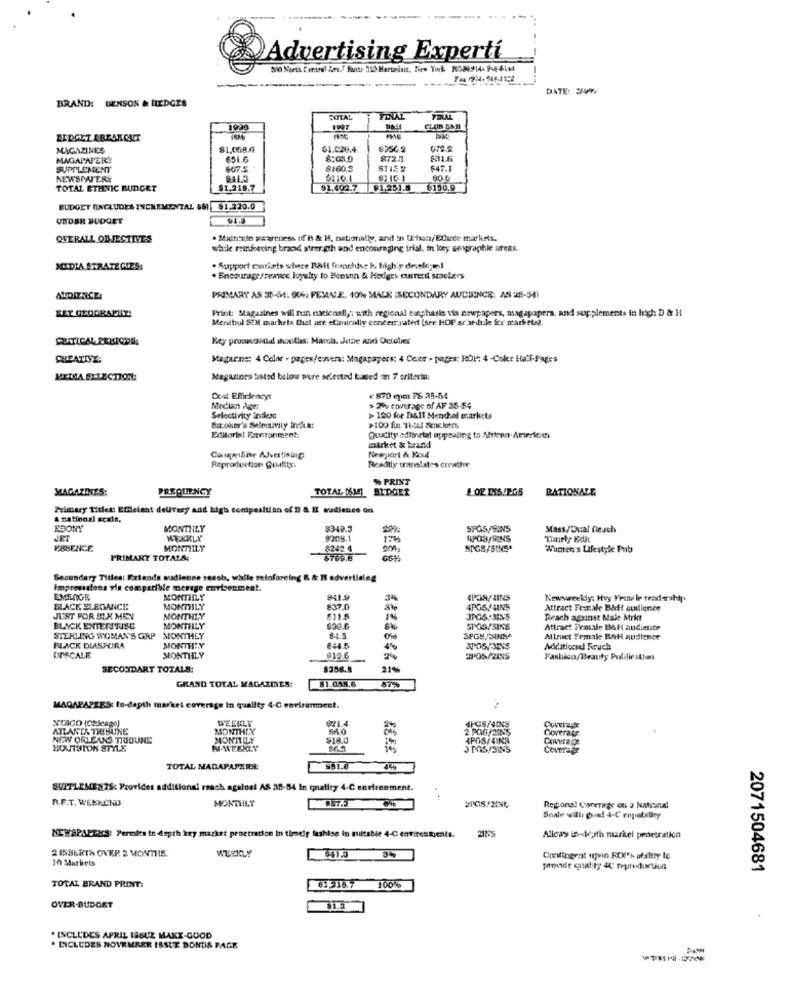
Advertising Experti
DATE: 2499
BRAND:
BENSON & HEDGES
EXITAL
1928
CLUB DAR
IRM
MAGAZINES
$1.028.4
$356.2
MAGAPAPERS
$51.6
8:05.0
872.3
$31.6
SUPPLEMENT
$07.5
8160.3
647.1
NEWSPAPERE
80.0
TOTAL ETHNIC BUDGET
$1,218.7
$1.402.7
$1.251.8
$150.9
BUDGET (INCLUDES INCREMENTAL 5$) $1.220.0
UNDER BUDGET
OVERALL OBJECTIVES
. Manicalo awareness of B & H, nationally, and in U-han/ Ellerer markets.
while reinforcing brand strength and encouraging trial, in loty sexgraphle oreas.
MIDIA STRATE GIES
. Support markets where Ball franchise & High'p developed
. Encourage /reance loyalty to Benson & Hedges current srackers
PRIMARY AS 38-54:004; FEMALE, 100% MALE SECONDARY AUDIENCE: AS 25-341
Print: Stagarines will run nacienally: with regional emphasis via newpapers, magapapers, and supplements in high: D & H
Menthol SEM markets that are elmically conter vated (see HOP sr'ath Je for narkets).
QUTICAL PERIODS
Key promwstsnudd shosillas: March. Jetae and October
CREATIVE:
Magarna: 4 Calor - pages/covers: Magapapers: 4 Ceir - pages: RDV: 4 -Color Hal-Pages
MEDIA SELECTION
Magazines listed below were selected based on 7 oriteria:
Cost Efficiency:
Median Age:
> 27% coverage of AF 35-54
Selectivity indexe
> 180 for Dall Mendel ccarkets
Siroker's Setrouvity India!
>100 fin RIJN! Stickers
Editorisi Fervironment:
Quality odlinriel appealing to Afriend.Americath
market & brand
Newpiart & Kouk
Reproduction Guaitts.
Readily translates creathe
% PRINT
MAGAZINES:
FREQUENCY
TOTAL 16347
BIDGET
RATIONALE
Primary Titled: Effleient delivery and high composition of D & E audience on
& national scalo.
EBONY
MONTHLY
$349.3
SFO5/9INS
Mass/Dual fieuch
JET
WEEKLY
8208.1
17
APOS/SINS
Timely Edic
ESSENCE
MONTILLY
8242 4
SIGS/SINSª
Wumen's Lifestyle Pub
FRIMART TOTALS:
$769.8
Secondary Tides: Extends audience reach, while reinforcing B & I advertising
Imprevistens via compatible merge environment.
EMERGE
MONTHLY
841.9
3%
4POR/ AINS
Newsweekly: Hvy Fecnele tradershar.
BLACK ELEGANCE
MONTHLY
837.0
4PGS/4INS
Attract Feznale B&cft audience
JUST FOR ELX MEN
MONTHLY
1%
JPGS:3IN5
Reach against Male Mrkt
BLACK ENTENNISC
MONTHLY
690.6
SPOS/SINS
Attract Female DAN andienice
STERLING WOMAN'S GRP MONTHLY
94.5
SPGE,/ANSA
Minuset Ermale BAH Audience
BLACK DIASPORA
MONTHLY
#445
Additionud Fruch
EINSCALE
MONTHLY
012.6
-
05/2INS
Fashico/Beauty Publiestium
SECONDART TOTALS:
$258.8
21%
81.058,6
GRAND TOTAL MAGAZINES:
57%
MAGAPAPERS: In-depth market coverage in quality 4-C environment.
NOIGO (Chicago)
WEEKLY
921.4
ATLANTA THISUNE
MONTHLY
2 PO6/21N5
Coverage
Coverage
NEW ORLEANS TRIBUNE
MONITILY
4POS/4INS
HOUSTON STYLE
NAVTEXLY
J MS/3INS
Coveragr
TOTAL MADAPAPERS
981.8
SUITLEMENTS: Provides additional reach againel AS 35-54 le quality 4-C environment.
R.F.T. WEEKEND
MONTHLY
857.3
2PGS/2INE
Regional Corerige on a National
Scale willi print 4-C enpatibiry
NEWSPAPERS: Permits in depth key market penetration in timely fashise in suitable 4-C environments.
2185
Allcas in-With market penetration
2 INSERTS OVER 2 MONTHS.
WEEKLY
Contingent upvin RC% ability to
proude quality & regiiunction
2071504681
TOTAL BRAND PRINT:
61 218.7
OVER-BUDGET
. INCLUDES APRIL ISSUE MAKE-GOOD
. LICLUDES NOVEMBER ISSUE DONTIS PAGE